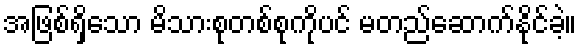
အဖြစ်ရှိသော မိသားစုတစ်စုကိုပင် မတည်ဆောက်နိုင်ခဲ့။